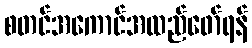
စတင်အကောင်အထည်ဖော်ရန်